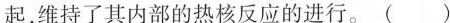
起，维持了其内部的热核反应的进行。 ( )